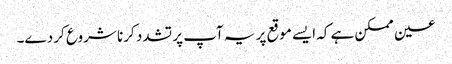
عین ممکن ہے کہ ایسے موقع پر یہ آپ پر تشدد کرنا شروع کر دے۔